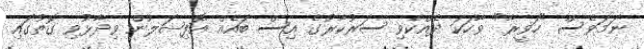
ނަމަވެސް "ހަވީރާ" ވާހަކަ ދެއްކެވި ސަރުކާރުގެ އިސް ބައެއް އޮފިޝަލުން ވިދާޅުވި ގޮތުގައި